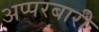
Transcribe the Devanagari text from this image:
अप्परबारी